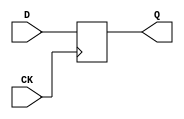
// This program was cloned from: https://github.com/jotego/jtcores
// License: GNU General Public License v3.0

// Fujitsu AV cell
// Positive Edge Clocked 4-bit DFF
// furrtek 2022

`timescale 1ns/100ps

module FDS(
	input CK,
	input [3:0] D,
	output reg [3:0] Q = 4'd0
);

	always @(posedge CK)
		Q <= D;		// tmax = 7.7ns

endmodule